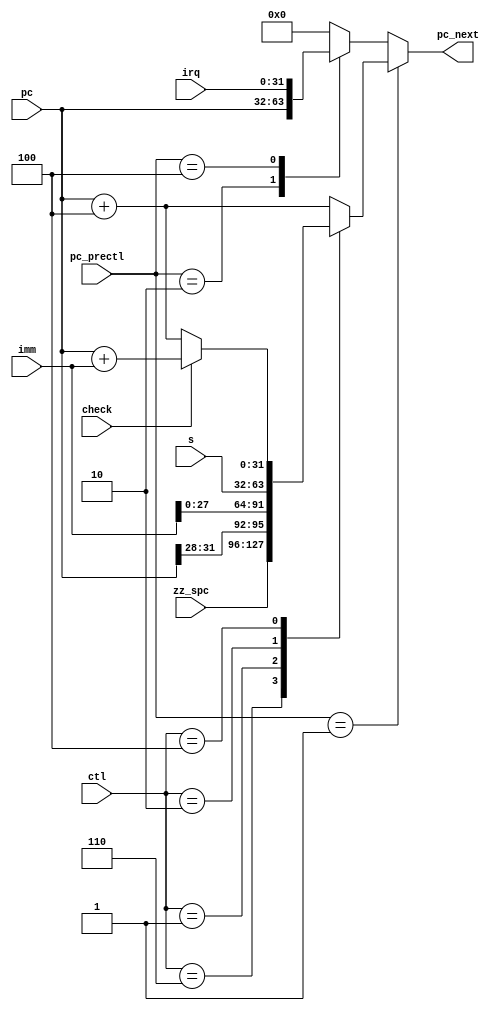
/////////////////////////////////////////////////////////////////////
////                                                             ////
////                                                             ////
////  If you encountered any problem, please contact :           ////
////                                                             ////
////  Downloaded from:                                           ////
////     http://www.opencores.org/pdownloads.cgi/list/mips789    ////
/////////////////////////////////////////////////////////////////////
////                                                             ////
//// Copyright (C) 2006-2007 Liwei                               ////
////                         mcupro@yahoo.com.hk                 ////
////                                                             ////
////                                                             ////
//// This source file may be used and distributed freely without ////
//// restriction provided that this copyright statement is not   ////
//// removed from the file and any derivative work contains the  ////
//// original copyright notice and the associated disclaimer.    ////
////                                                             ////
//// Please let the author know if it is used                    ////
//// for commercial purpose.                                     ////
////                                                             ////
////     THIS SOFTWARE IS PROVIDED ``AS IS'' AND WITHOUT ANY     ////
//// EXPRESS OR IMPLIED WARRANTIES, INCLUDING, BUT NOT LIMITED   ////
//// TO, THE IMPLIED WARRANTIES OF MERCHANTABILITY AND FITNESS   ////
//// FOR A PARTICULAR PURPOSE. IN NO EVENT SHALL THE AUTHOR      ////
//// OR CONTRIBUTORS BE LIABLE FOR ANY DIRECT, INDIRECT,         ////
//// INCIDENTAL, SPECIAL, EXEMPLARY, OR CONSEQUENTIAL DAMAGES    ////
//// (INCLUDING, BUT NOT LIMITED TO, PROCUREMENT OF SUBSTITUTE   ////
//// GOODS OR SERVICES; LOSS OF USE, DATA, OR PROFITS; OR        ////
//// BUSINESS INTERRUPTION) HOWEVER CAUSED AND ON ANY THEORY OF  ////
//// LIABILITY, WHETHER IN  CONTRACT, STRICT LIABILITY, OR TORT  ////
//// (INCLUDING NEGLIGENCE OR OTHERWISE) ARISING IN ANY WAY OUT  ////
//// OF THE USE OF THIS SOFTWARE, EVEN IF ADVISED OF THE         ////
//// POSSIBILITY OF SUCH DAMAGE.                                 ////
////                                                             ////
/////////////////////////////////////////////////////////////////////
////                                                             ////
////                                                             ////
//// Date of Creation: 2007.8.1                                  ////
////                                                             ////
//// Version: 0.0.1                                              ////
////                                                             ////
//// Description:                                                ////
////                                                             ////
////                                                             ////
/////////////////////////////////////////////////////////////////////
////                                                             ////
//// Change log:                                                 ////
////                                                             ////
/////////////////////////////////////////////////////////////////////
`define   PC_IGN              1                   
`define   PC_KEP              2                   
`define   PC_IRQ              4                   
`define   PC_RST              8 

`define PC_J     1
`define PC_JR    2
`define PC_BC    4
`define PC_NEXT  5	
`define PC_SPC   6
`define PC_RET   6
`define PC_NOP   0

module pc_gen2 (
        input [2:0]ctl,
        output reg   [31:0]pc_next,
        input [3:0] pc_prectl,
        input check,
        input [31:0]s,
        input [31:0]pc,
        input [31:0]zz_spc,
        input [31:0]imm,
        input [31:0]irq
    );

    wire [32:0] br_addr = pc + imm ;

    always @ (*)
        if(pc_prectl == `PC_IGN )
        begin
            case (ctl)
                `PC_RET :		  pc_next = zz_spc ;
                `PC_J:pc_next ={pc[31:28],imm[27:0]};
                `PC_JR: pc_next = s;
                `PC_BC: pc_next = (check)?({br_addr[31:0]}):(pc+4);
                `PC_NEXT:pc_next = pc+ 4 ;
                default pc_next = pc + 4;
            endcase
        end
        else
        begin
            case (pc_prectl)
                `PC_KEP : pc_next=pc;
                `PC_IRQ : pc_next=irq;
                `PC_RST : pc_next='d0;
                default:pc_next =0;
            endcase
        end

endmodule